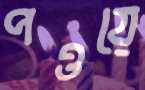
পওয়ে